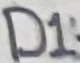
Text: D1